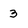
Character: 3